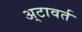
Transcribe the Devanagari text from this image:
अ्टावर्त